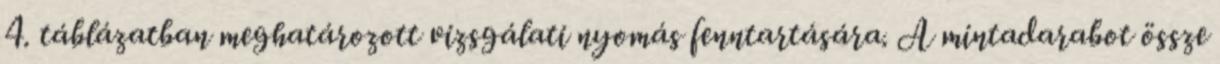
4. táblázatban meghatározott vizsgálati nyomás fenntartására. A mintadarabot össze